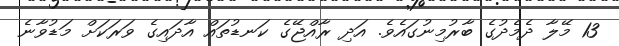
13 މޭލާ ދެމެދުގެ ބާރުމިނުގައެވެ. އަދި ރާއްޖޭގެ ކަނޑުތައް އާދައިގެ ވަރަކަށް މަޑުވާނެ